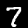
Digit: 7